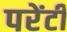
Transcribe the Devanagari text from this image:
परेंटी